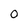
Character: O